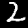
Digit: 2